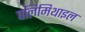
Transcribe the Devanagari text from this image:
पलिमिथाइल